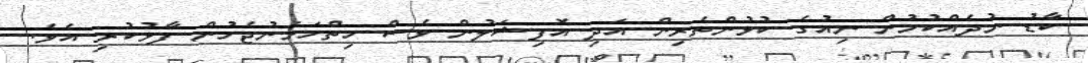
ކާޑު ނުދެއްކުމުން ނިއުގެ ކުޅުންތެރިން އަދި އޮފިޝަލުން ވެސް ހިތްހަމަނުޖެހުން ފާޅުކުރި އެވެ.